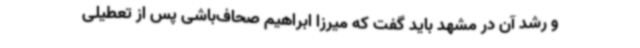
و رشد آن در مشهد باید گفت که میرزا ابراهیم صحاف‌باشی پس از تعطیلی